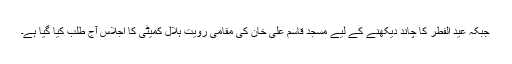
جبکہ عید الفطر کا چاند دیکھنے کے لیے مسجد قاسم علی خان کی مقامی رویت ہلال کمیٹی کا اجلاس آج طلب کیا گیا ہے۔